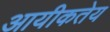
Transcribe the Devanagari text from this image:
आयीकतेय